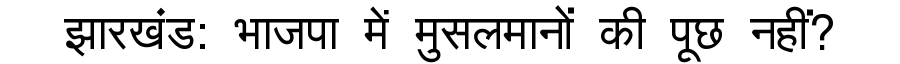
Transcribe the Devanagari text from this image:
झारखंड: भाजपा में मुसलमानों की पूछ नहीं?